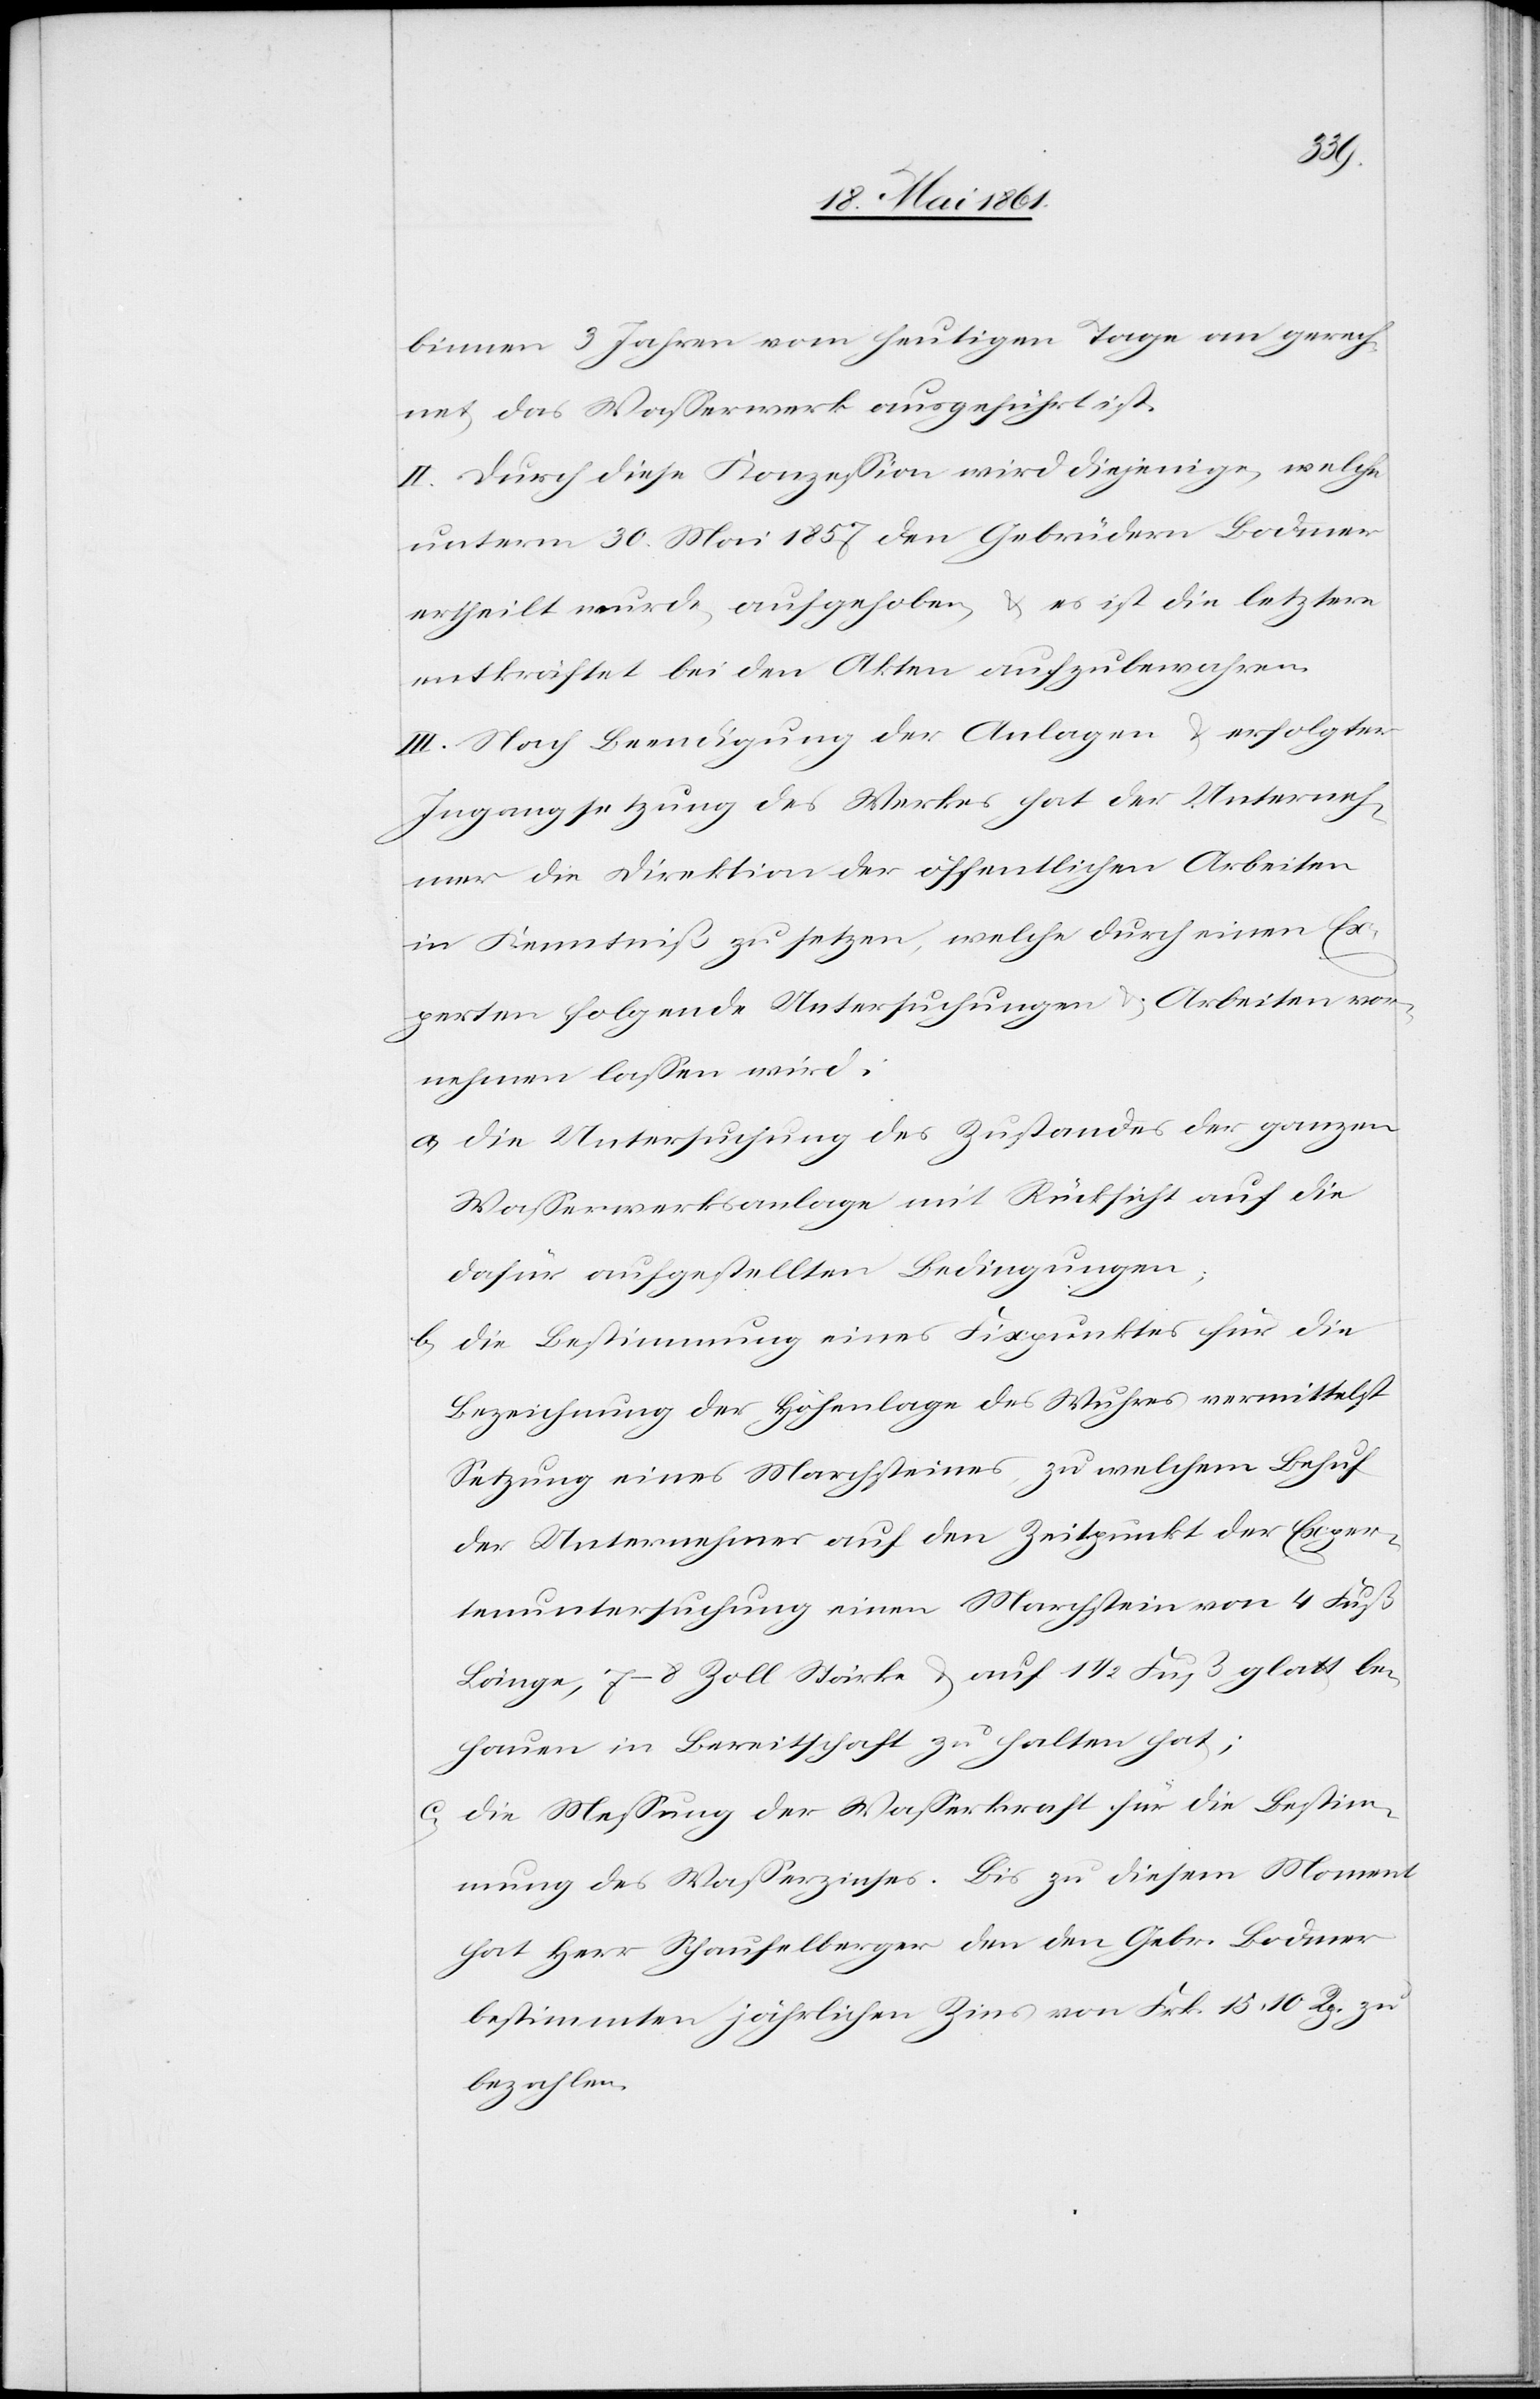
binnen 3 Jahren vom heutigen Tage an gerech¬
net das Wasserwerk ausgeführt ist.
II. Durch diese Konzession wird diejenige, welche
unterm 30. Mai 1857 den Gebrüdern Bodmer
ertheilt wurde, aufgehoben, u. es ist die letztere
entkräftet bei den Akten aufzubewahren.
III. Nach Beendigung der Anlagen u. erfolgter
Ingangsetzung des Werkes hat der Unterneh¬
mer die Direktion der öffentlichen Arbeiten
in Kenntniß zu setzen, welche durch einen Ex¬
perten folgende Untersuchungen u. Arbeiten vor¬
nehmen lassen wird:
a. Die Untersuchung des Zustandes der ganzen
Wasserwerksanlage mit Rücksicht auf die
dafür aufgestellten Bedingungen;
b. Die Bestimmung eines Fixpunktes für die
Bezeichnung der Höhenlage des Wuhres vermittelst
Setzung eines Marchsteines, zu welchem Behuf
der Unternehmer auf den Zeitpunkt der Exper¬
tenuntersuchung einen Marchstein von 4 Fuß
Länge, 7–8 Zoll Stärke u. auf 1 1/2 Fuß glatt be¬
hauen in Bereitschaft zu halten hat;
c. Die Messung der Wasserkraft für die Bestim¬
mung des Wasserzinses. Bis zu diesem Moment
hat Herr Schaufelberger den den Gebr. Bodmer
bestimmten jährlichen Zins von Frk. 15 10 Rp. zu
bezahlen.